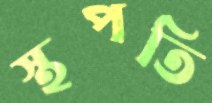
স্থপতি